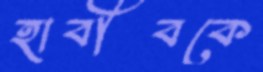
হাবীবকে